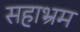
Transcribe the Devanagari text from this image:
सहाभ्रम